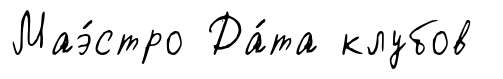
Маэ́стро Да́та клубов